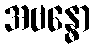
အဗန္ဓော